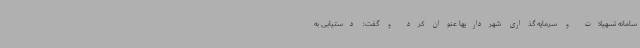
سامانه تسهیلات و سرمایه گذاری شهرداریها عنوان کرد و گفت: دستیابی به